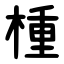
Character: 㮔